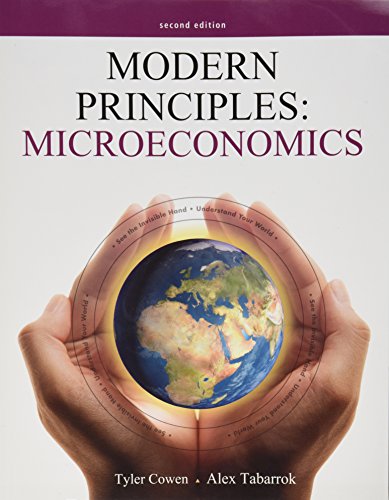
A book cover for Modern Principles: Microeconomics; Tyler Cowen; Business & Money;